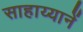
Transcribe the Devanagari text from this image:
साहाय्यानें